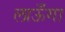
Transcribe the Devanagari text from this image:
लाऊँगा